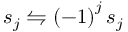
\boldsymbol { s } _ { j } \leftrightharpoons \left( - 1 \right) ^ { j } \boldsymbol { s } _ { j }